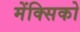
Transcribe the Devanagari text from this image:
मेंक्सिको